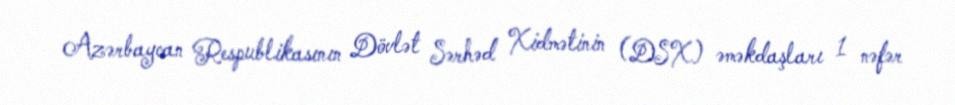
Azərbaycan Respublikasının Dövlət Sərhəd Xidmətinin (DSX) əməkdaşları 1 nəfər